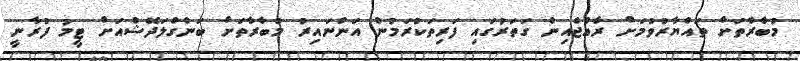
މުބާރާތަށް ތައްޔާރުވުމަށް ރާއްޖެއިން ގަތަރުގައި ފަރިތަކުރަމުން އަންނައިރު މުބާރާތަށް ބަންގްލަދޭޝްއަށް ޓީމު ފުރާނީ